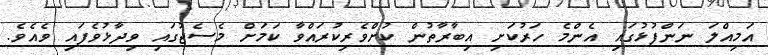
އަމިއްލަ ނަންފުޅުގައި އެންމެ ހަރުކަށި އިބާރާތުން ކުށްވެރިކުރައްވާ ކަމަށް މެސެޖުގައި ވިދާޅުވެފައި ވެއެވެ.